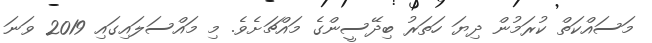
މަސައްކަތް ކުރަމުން ދިޔަ ހަތަރު ބިދޭސީންގެ މައްޗަށެވެ. މި މައްސަލައިގައި 2019 ވަނަ